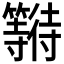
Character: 𱸯